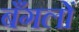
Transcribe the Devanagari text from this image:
बँगलों